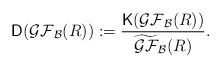
LaTeX: \begin{align*}\mathsf{D}(\mathcal{GF}_{\mathcal{B}}(R)) := \frac{\mathsf{K}(\mathcal{GF}_{\mathcal{B}}(R))}{\widetilde{\mathcal{GF}}_{\mathcal{B}}(R)}.\end{align*}